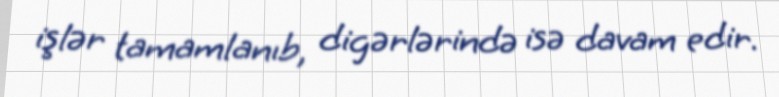
işlər tamamlanıb, digərlərində isə davam edir.